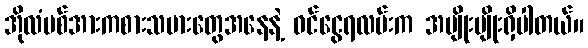
အိုလံပစ်အားကစားသမားတွေအနေနဲ့ ဝင်ငွေရလမ်းက အမျိုးမျိုးရှိပါတယ်။